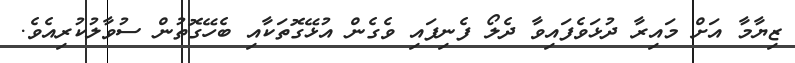
ޒިޔާމާ އަށް މައިރާ ދުޅަވެފައިވާ ދެލޯ ފެނިފައި ވެގެން އުޅޭގޮތަކާއި ބެހޭގޮތުން ސުވާލުކުރިއެވެ.